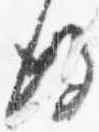
後